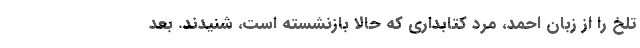
تلخ را از زبان احمد، مرد کتابداری که حالا بازنشسته است، شنیدند. بعد